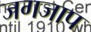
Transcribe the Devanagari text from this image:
जगजाप